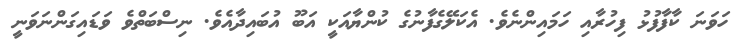
ހަވަނަ ކާފާފުޅު ފިހުރާއި ހަމައިންނެވެ. އެކަލޭގެފާނުގެ ކުންޔާއަކީ އަބޫ އުބައިދާއެވެ. ނިސްބަތްވެ ވަޑައިގަންނަވަނީ